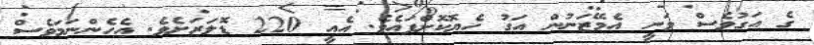
ގެ އަގުވެސް ވަނީ އެމޭޒަނުން އަގު ހެޔޮކޮށްފައެވެ. އެއީ 220 ޑޮލަރަށެވެ. އެހެންނަމަވެސް